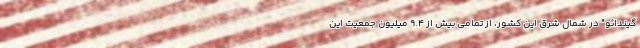
گیندائو" در شمال شرق این کشور، از تمامی بیش از 9.4 میلیون جمعیت این